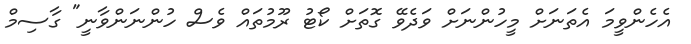
އެހެންވީމަ އެތަނަށް މީހުންނަށް ވަދެވޭ ގޮތަށް ކޯޓު ރޫމުތައް ވެސް ހުންނަންވާނީ" ގާސިމް